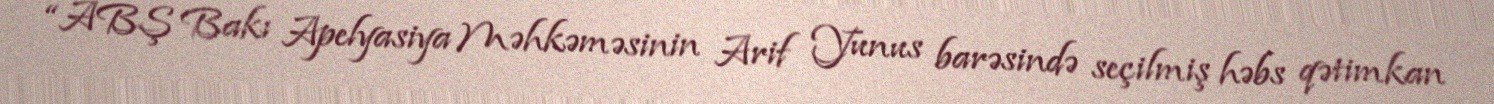
“ABŞ Bakı Apelyasiya Məhkəməsinin Arif Yunus barəsində seçilmiş həbs qətimkan